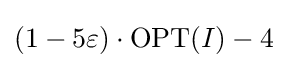
(1-5\varepsilon )\cdot \mathrm {OPT} (I)-4